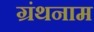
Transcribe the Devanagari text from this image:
ग्रंथनाम